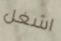
اشغل